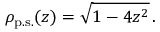
\rho _ { \mathrm { p . s . } } ( z ) = \sqrt { 1 - 4 z ^ { 2 } } \, .